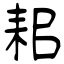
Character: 耜